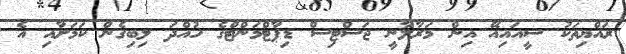
ރައްޔިތަކު ސީއައިއޭ އިން މަރާލާނީ ޖަސްޓިސް ޑިޕާޓްމަންޓްގެ ހުއްދަ ލިބިގެން ކަމަށާއި އެ